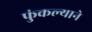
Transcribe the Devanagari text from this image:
फुंकल्याने